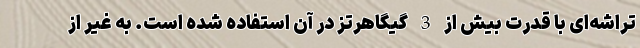
تراشه‌ای با قدرت بیش از 3 گیگاهرتز در آن استفاده شده است. به غیر از